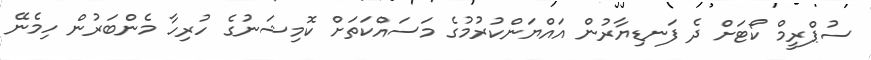
ސުޕްރީމް ކޯޓަށް ދެ ފަނޑިޔާރުން އައްޔަންކުރުމުގެ މަސައްކަތަށް ކޮމިޝަނުގެ ހުރިހާ މެންބަރުން ހިމެނޭ